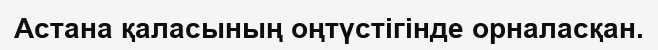
Астана қаласының оңтүстігінде орналасқан.